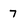
Character: 7